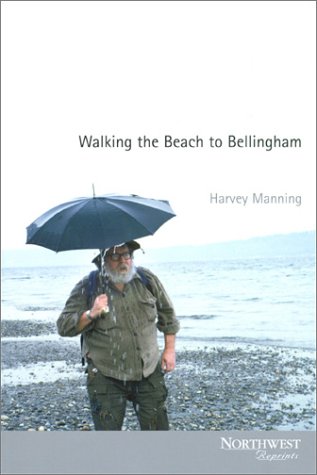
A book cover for Walking the Beach to Bellingham (Northwest Reprints); Harvey Manning; Travel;